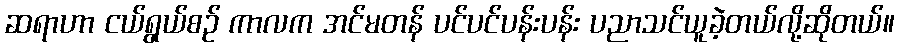
ဆရာဟာ ငယ်ရွယ်စဉ် ကာလက အင်မတန် ပင်ပင်ပန်းပန်း ပညာသင်ယူခဲ့တယ်လို့ဆိုတယ်။